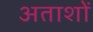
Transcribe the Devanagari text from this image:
अताशों